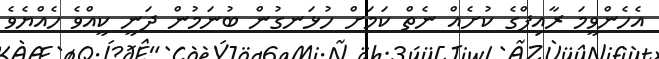
އެހެންވީމަ ރާއިފްގެ ކުށެއް ނެތް ކަމަށް ހުޅަނގުން ބުނަމުން ދަނީ ކީއްވެ ހެއްޔެވެ